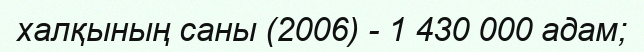
халқының саны (2006) - 1 430 000 адам;